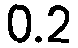
0.2